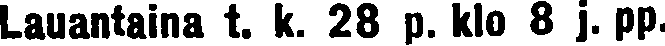
Lauantaina t. k. 28 p. klo 8 j. pp.